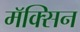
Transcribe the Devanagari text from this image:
मॅक्सिन